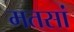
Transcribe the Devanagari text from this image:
मतसां